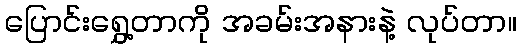
ပြောင်းရွှေ့တာကို အခမ်းအနားနဲ့ လုပ်တာ။